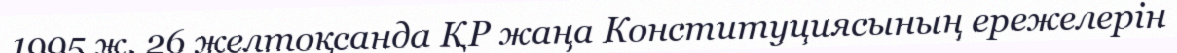
1995 ж. 26 желтоқсанда ҚР жаңа Конституциясының ережелерін